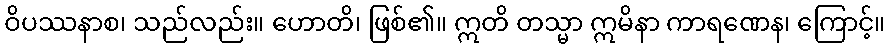
ဝိပဿနာစ၊ သည်လည်း။ ဟောတိ၊ ဖြစ်၏။ ဣတိ တသ္မာ ဣမိနာ ကာရဏေန၊ ကြောင့်။